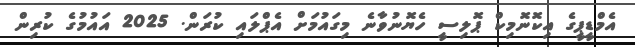
އެމްޑީޕީގެ އިކޮނޮމިކް ޕޮލިސީ ހެޔޮނުވާނެ މިގައުމަށް އެޕްލައި ކުރަން. 2025 އައުމުގެ ކުރިން